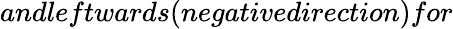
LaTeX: andleftwards(negativedirection)for